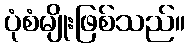
ပုံစံမျိုးဖြစ်သည်။